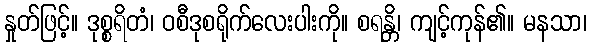
နှုတ်ဖြင့်။ ဒုစ္စရိတံ၊ ဝစီဒုစရိုက်လေးပါးကို။ စရန္တိ၊ ကျင့်ကုန်၏။ မနသာ၊